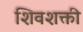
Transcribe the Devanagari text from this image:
शिवशक्ती